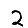
Digit: 2